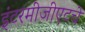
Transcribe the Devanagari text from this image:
इंटरमीजीएटचे